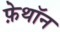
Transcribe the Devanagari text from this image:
फ़ेथॉन